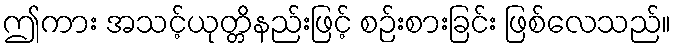
ဤကား အသင့်ယုတ္တိနည်းဖြင့် စဉ်းစားခြင်း ဖြစ်လေသည်။